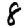
Digit: 8